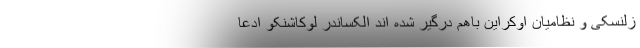
زلنسکی و نظامیان اوکراین باهم درگیر شده اند الکساندر لوکاشنکو ادعا